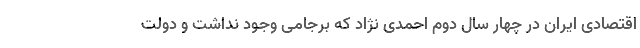
اقتصادی ایران در چهار سال دوم احمدی نژاد که برجامی وجود نداشت و دولت